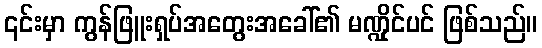
၎င်းမှာ ကွန်ဖြူးရှပ်အတွေးအခေါ်၏ မဏ္ဍိုင်ပင် ဖြစ်သည်။